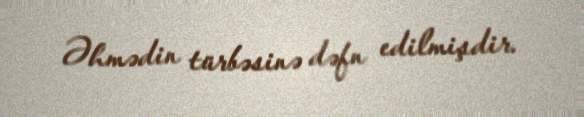
Əhmədin türbəsinə dəfn edilmişdir.